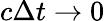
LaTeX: c\Delta t\to 0